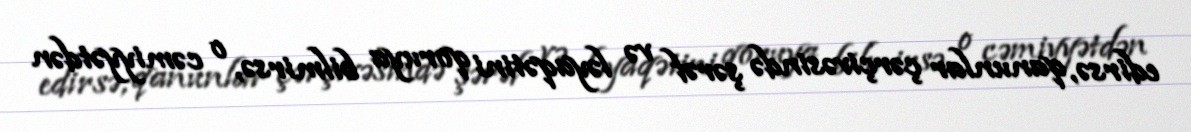
edirsə, qanunlar çərçivəsində şərəf və ləyaqətini qoruya bilmirsə, o cəmiyyətdən